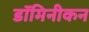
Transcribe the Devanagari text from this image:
डॉमिनीकन